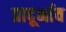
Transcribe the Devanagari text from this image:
प्रादूर्भाव